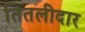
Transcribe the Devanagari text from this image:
तितलीदार